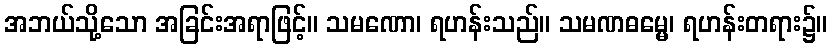
အဘယ်သို့သော အခြင်းအရာဖြင့်။ သမဏော၊ ရဟန်းသည်။ သမဏဓမ္မေ၊ ရဟန်းတရား၌။